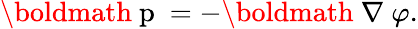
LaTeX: \mathrm{\boldmath~p~}=-\mathrm{\boldmath~\nabla~}\varphi.